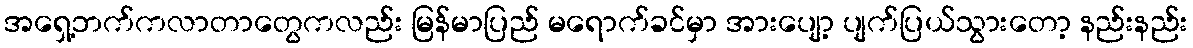
အရှေ့ဘက်ကလာတာတွေကလည်း မြန်မာပြည် မရောက်ခင်မှာ အားပျော့ ပျက်ပြယ်သွားတော့ နည်းနည်း